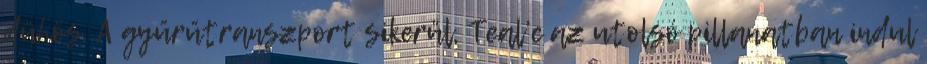
dühös. A gyűrűtranszport sikerül, Teal’c az utolsó pillanatban indul